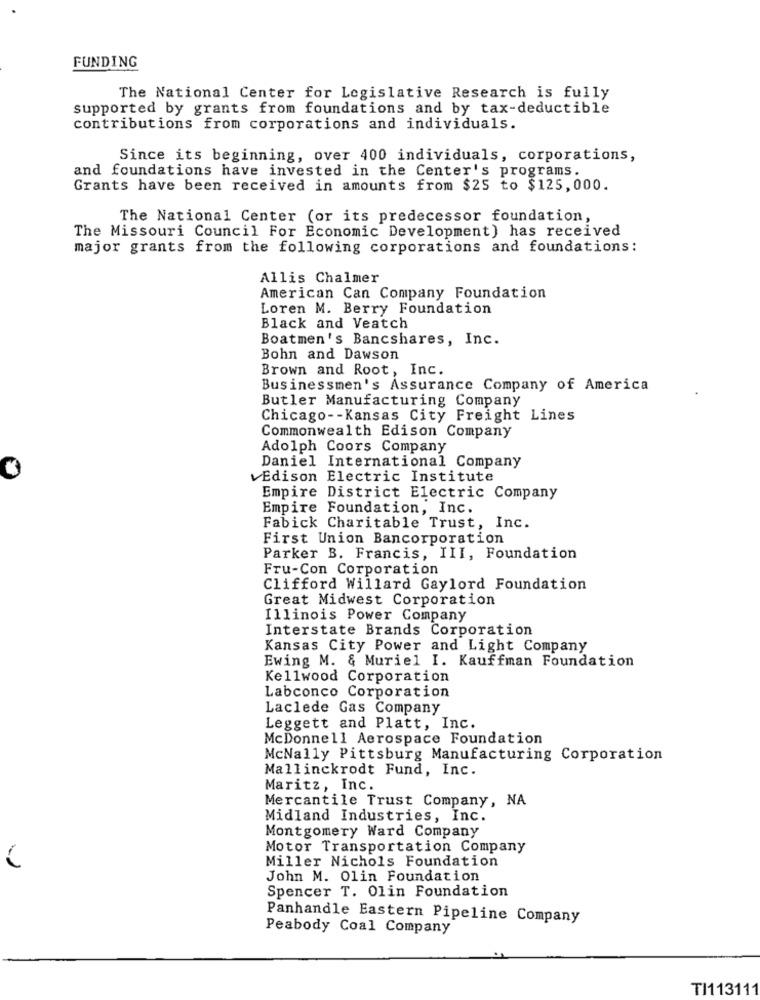
FUNDING
The National Center for Legislative Research is fully
supported by grants from foundations and by tax-deductible
contributions from corporations and individuals.
Since its beginning, over 400 individuals, corporations,
and foundations have invested in the Center's programs.
Grants have been received in amounts from $25 to $125,000.
The National Center (or its predecessor foundation,
The Missouri Council For Economic Development) has received
major grants from the following corporations and foundations:
Allis Chalmer
American Can Company Foundation
Loren M. Berry Foundation
Black and Veatch
Boatmen's Bancshares, Inc.
Bohn and Dawson
Brown and Root, Inc.
Businessmen's Assurance Company of America
Butler Manufacturing Company
Chicago -- Kansas City Freight Lines
Commonwealth Edison Company
Adolph Coors Company
Daniel International Company
Edison Electric Institute
Empire District Electric Company
Empire Foundation, Inc.
Fabick Charitable Trust, Inc.
First Union Bancorporation
Parker B. Francis, III, Foundation
Fru-Con Corporation
Clifford Willard Gaylord Foundation
Great Midwest Corporation
Illinois Power Company
Interstate Brands Corporation
Kansas City Power and Light Company
Ewing M. & Muriel I. Kauffman Foundation
Kellwood Corporation
Labconco Corporation
Laclede Gas Company
Leggett and Platt, Inc.
McDonnell Aerospace Foundation
McNally Pittsburg Manufacturing Corporation
Mallinckrodt Fund, Inc.
Maritz, Inc.
Mercantile Trust Company, NA
Midland Industries, Inc.
Montgomery Ward Company
Motor Transportation Company
Miller Nichols Foundation
John M. Olin Foundation
Spencer T. Olin Foundation
Panhandle Eastern Pipeline Company
Peabody Coal Company
TI113111